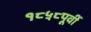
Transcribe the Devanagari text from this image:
१८५८पूर्वी